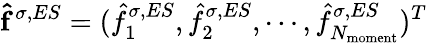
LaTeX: \mathbf{\hat{f}}^{\sigma,ES}=(\hat{f}_{1}^{\sigma,ES},\hat{f}_{2}^{\sigma,ES},\cdots,\hat{f}_{N_{\mathrm{{moment}}}}^{\sigma,ES})^{T}